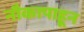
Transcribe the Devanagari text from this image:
नौकापाहून